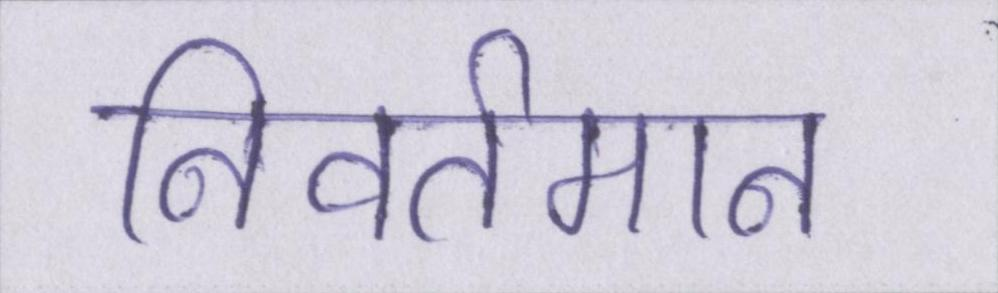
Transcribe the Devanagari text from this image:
निवर्तमान